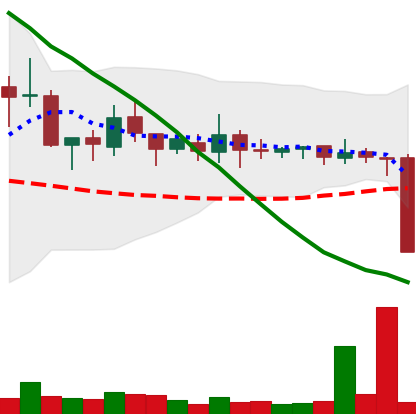
Ticker: XMR-USD
Chart end date: 2018-10-11
Forward return: 6.984%
Label: up_5_7